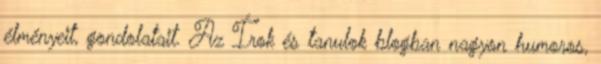
élményeit, gondolatait. Az Írok és tanulok blogban nagyon humoros,